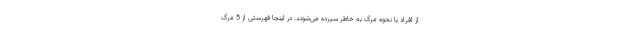
از افراد با نحوه مرگ به خاطر سپرده می‌شوند. در اینجا فهرستی از 5 مرگ